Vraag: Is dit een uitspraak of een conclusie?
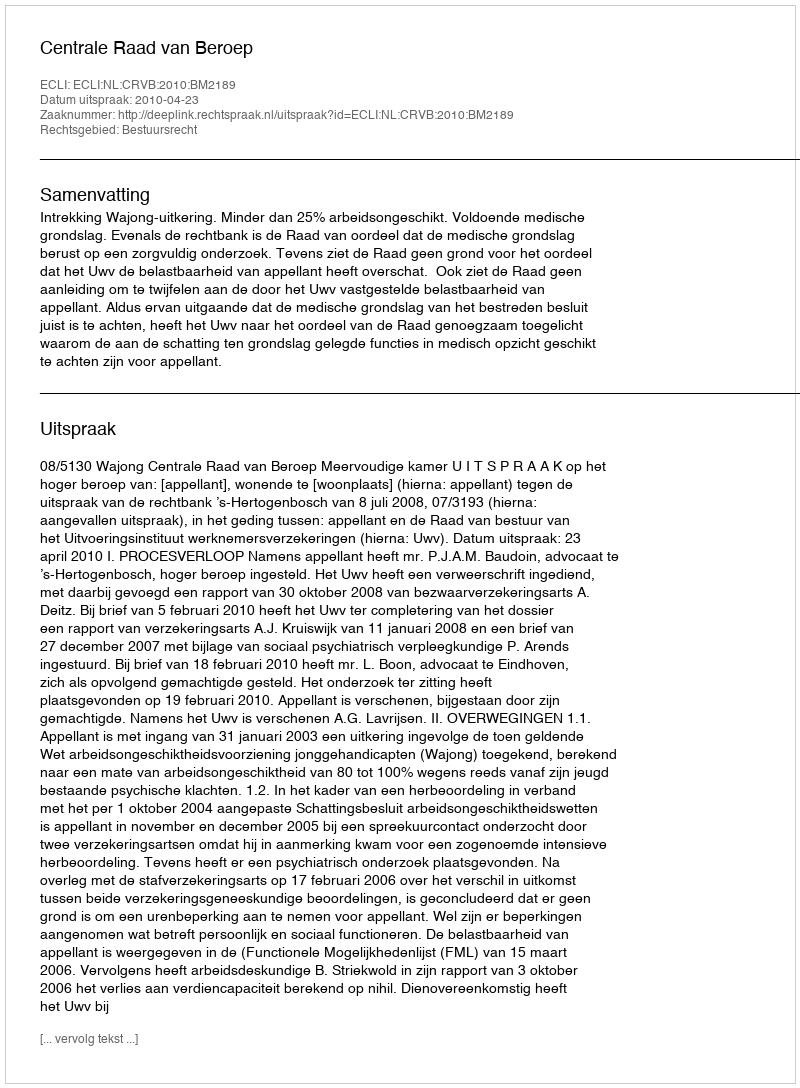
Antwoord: Uitspraak